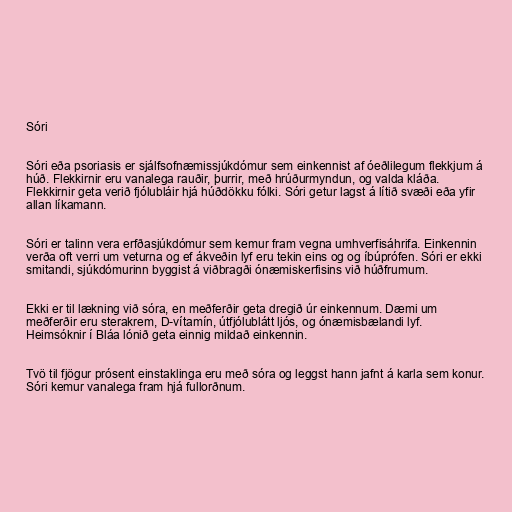
Sóri

Sóri eða psoriasis er sjálfsofnæmissjúkdómur sem einkennist af óeðlilegum flekkjum á
húð. Flekkirnir eru vanalega rauðir, þurrir, með hrúðurmyndun, og valda kláða.
Flekkirnir geta verið fjólubláir hjá húðdökku fólki. Sóri getur lagst á lítið svæði eða yfir
allan líkamann.

Sóri er talinn vera erfðasjúkdómur sem kemur fram vegna umhverfisáhrifa. Einkennin
verða oft verri um veturna og ef ákveðin lyf eru tekin eins og og íbúprófen. Sóri er ekki
smitandi, sjúkdómurinn byggist á viðbragði ónæmiskerfisins við húðfrumum.

Ekki er til lækning við sóra, en meðferðir geta dregið úr einkennum. Dæmi um
meðferðir eru sterakrem, D-vítamín, útfjólublátt ljós, og ónæmisbælandi lyf.
Heimsóknir í Bláa lónið geta einnig mildað einkennin.

Tvö til fjögur prósent einstaklinga eru með sóra og leggst hann jafnt á karla sem konur.
Sóri kemur vanalega fram hjá fullorðnum.